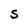
Character: S